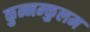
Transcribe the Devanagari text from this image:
कुन्नम्कुलम